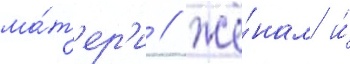
ма́т'ер'и / жё́нам и́